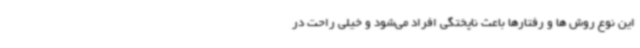
این نوع روش ها و رفتارها باعث ناپختگی افراد می‌شود و خیلی راحت در